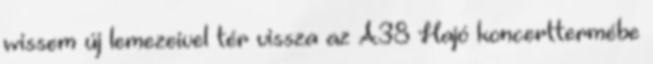
wissem új lemezeivel tér vissza az A38 Hajó koncerttermébe